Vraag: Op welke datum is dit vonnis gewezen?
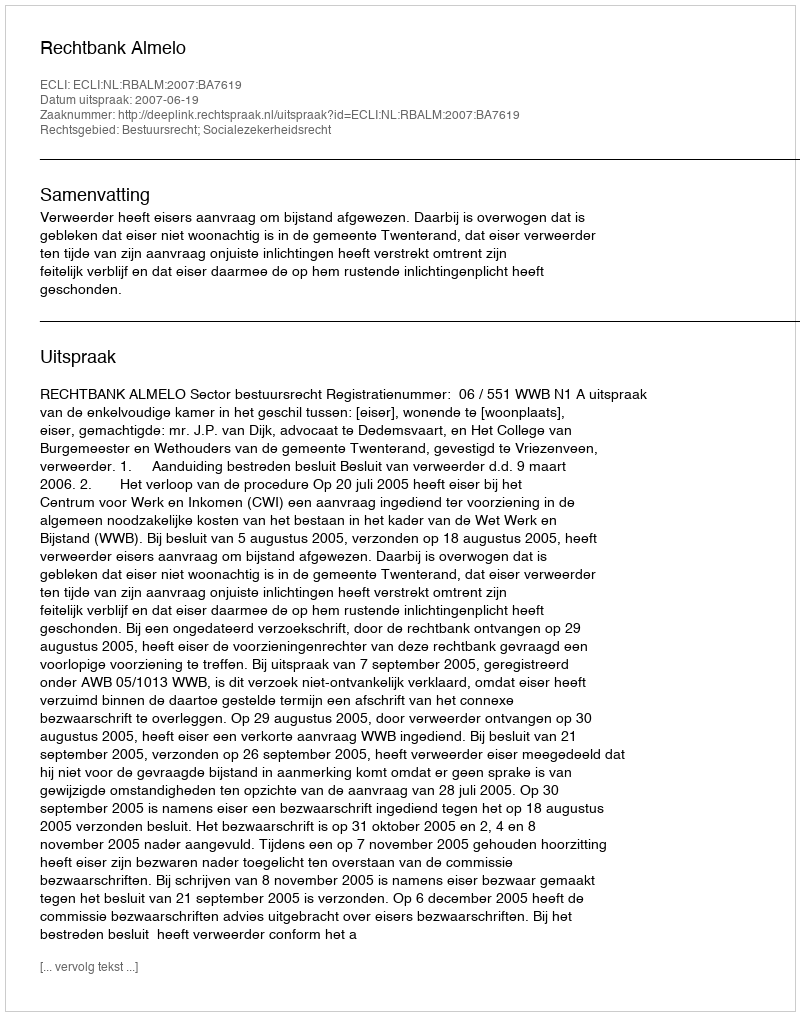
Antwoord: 2007-06-19